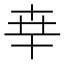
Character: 𠦡